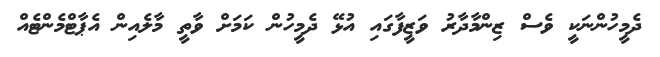
ދެމީހުންނަކީ ވެސް ޒިންމާދާރު ވަޒީފާގައި އުޅޭ ދެމީހުން ކަމަށް ވާތީ މާލެއިން އެޕާޓްމެންޓެއް